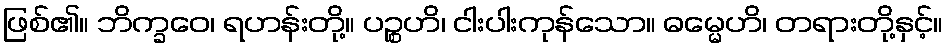
ဖြစ်၏။ ဘိက္ခဝေ၊ ရဟန်းတို့။ ပဉ္စဟိ၊ ငါးပါးကုန်သော။ ဓမ္မေဟိ၊ တရားတို့နှင့်။